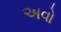
અવો